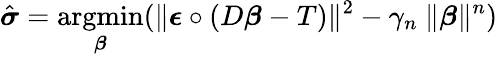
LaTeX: \hat{\boldsymbol\sigma}=\underset{\boldsymbol\beta}{\operatorname{argmin}}(\| \boldsymbol\epsilon\circ(D\boldsymbol\beta-T)\| ^{2}-\gamma_{n}~\| \boldsymbol\beta\| ^{n})